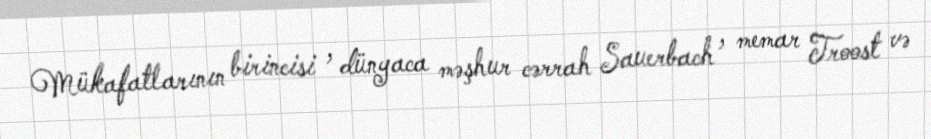
Mükafatlarının birincisi , dünyaca məşhur cərrah Sauerbach , memar Troost və